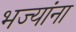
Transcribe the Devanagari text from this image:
भज्यांना